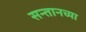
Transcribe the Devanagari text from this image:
सन्तानच्या